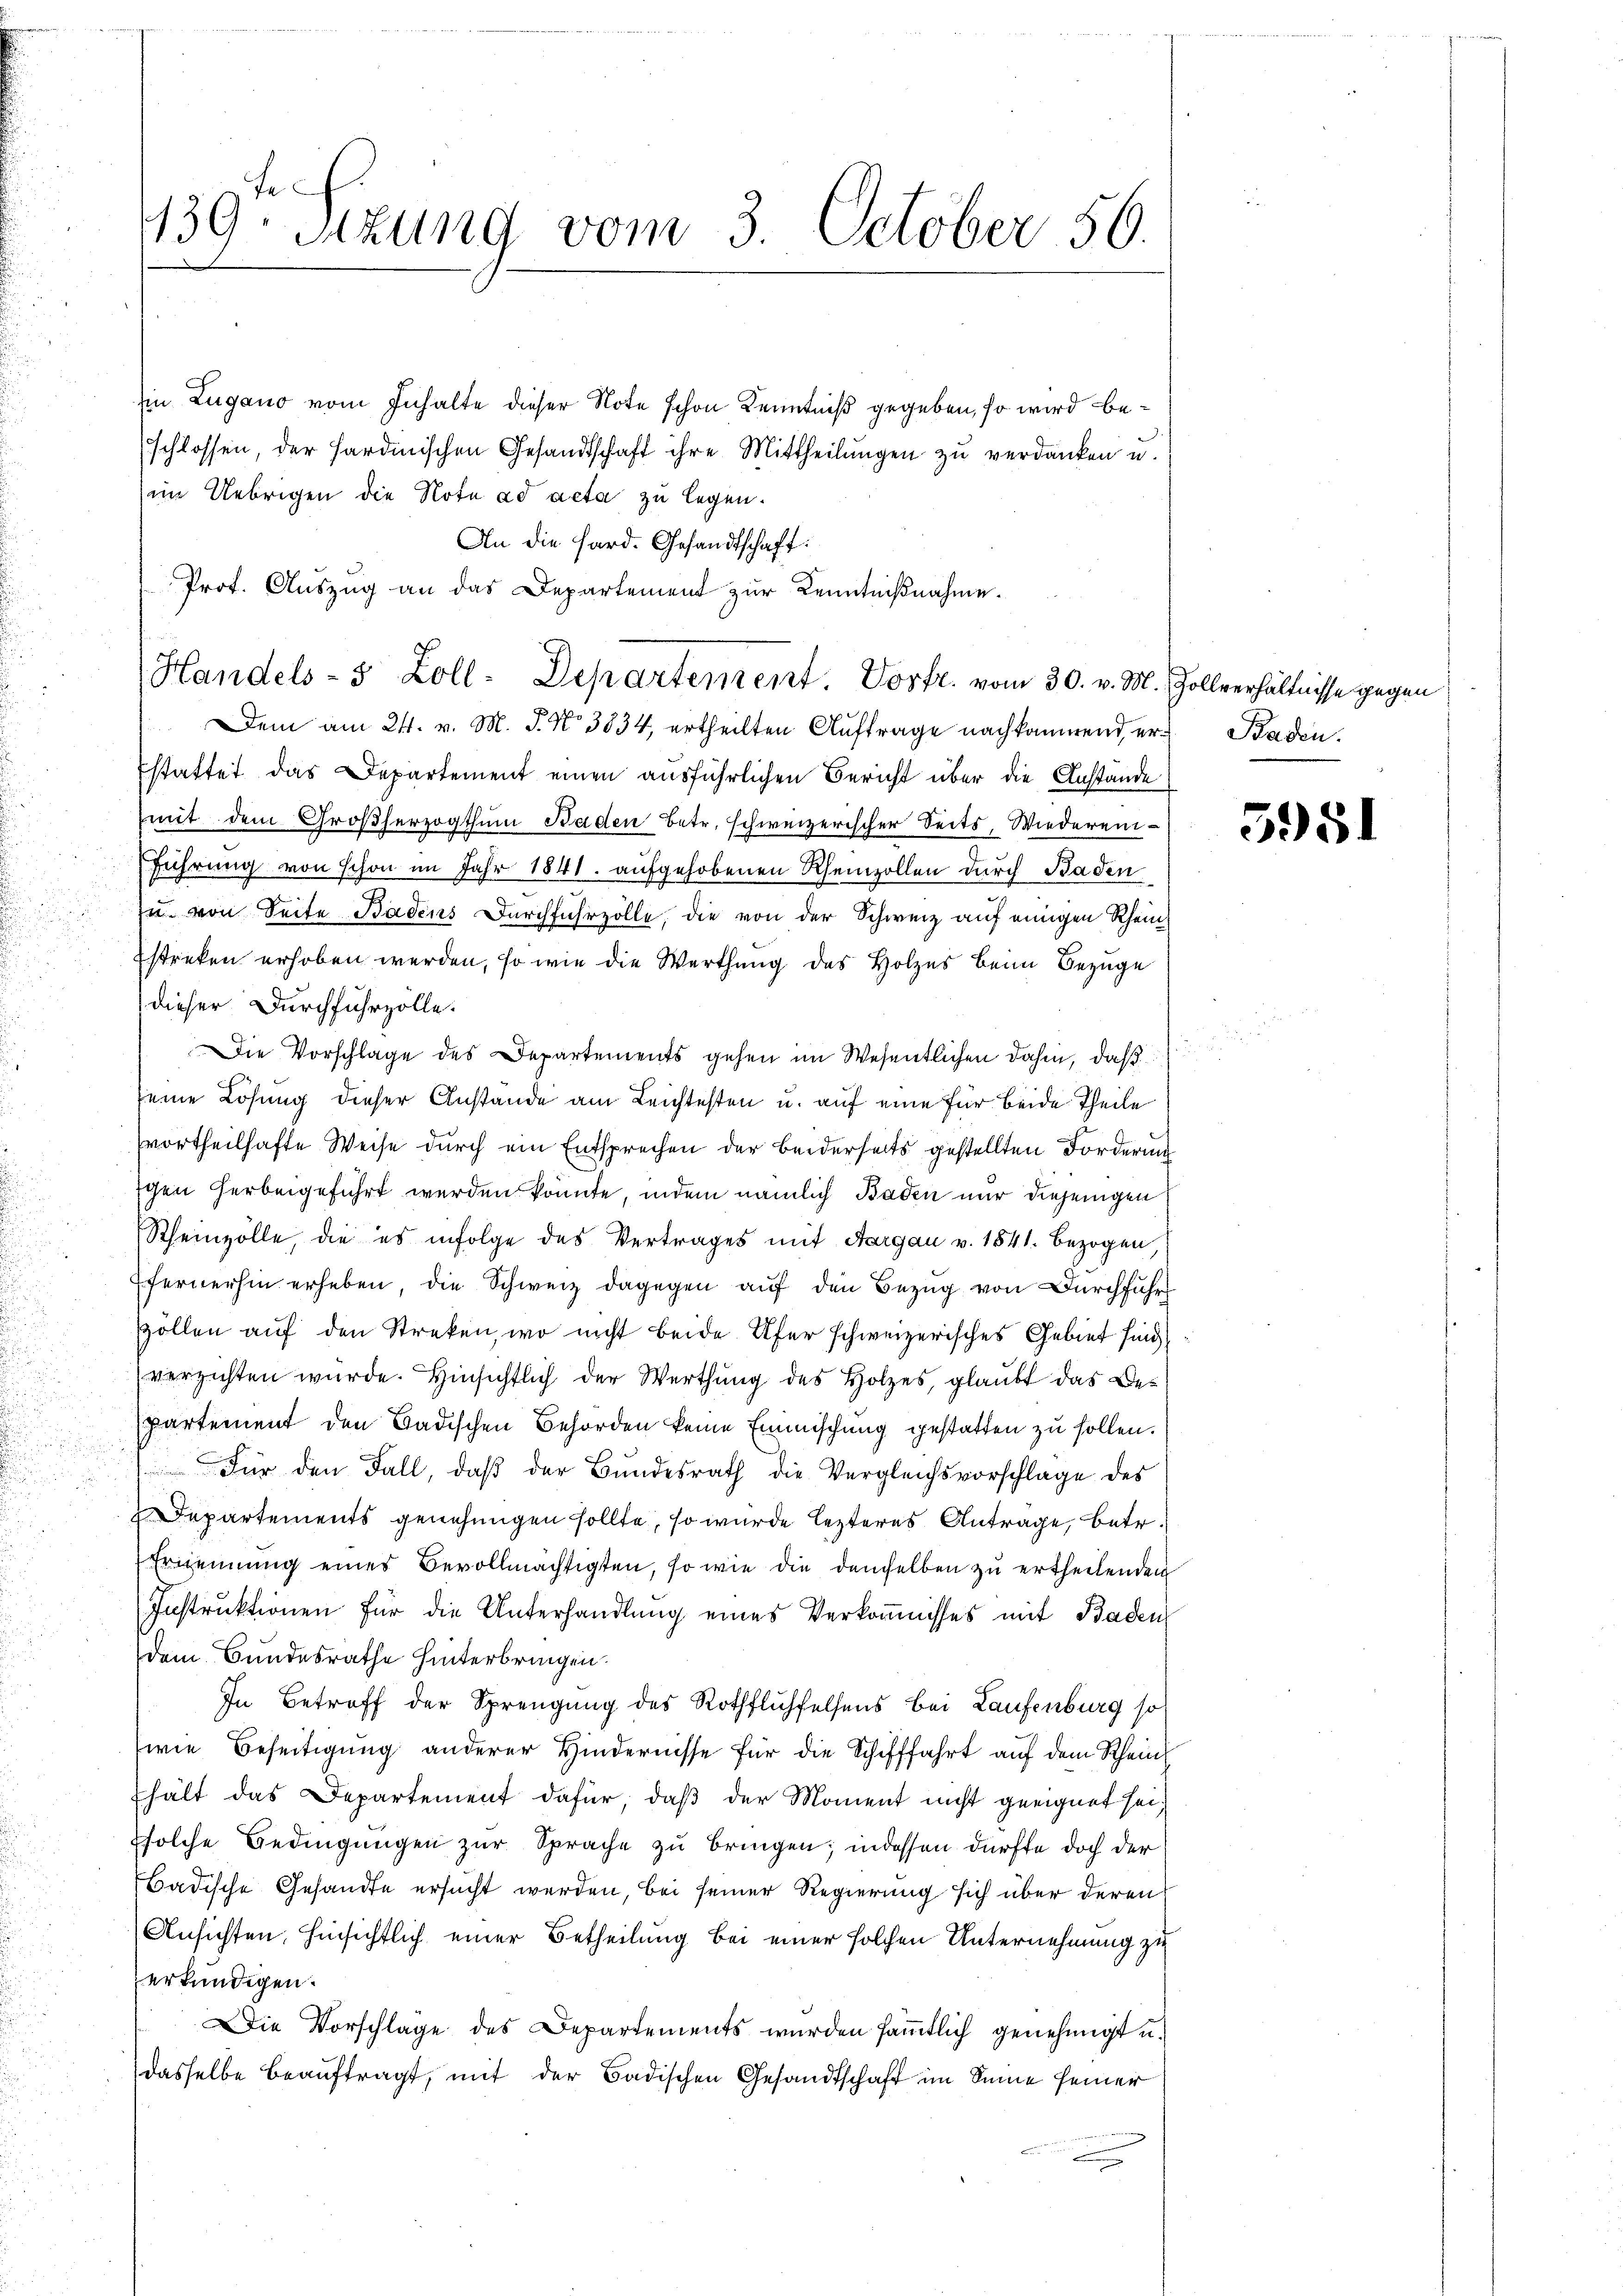
139te Sitzung vom 3. October 50.

Ein Zugano vom Inhalte dieser Note schon Kenntniß gegeben, so wird beschlossen, der Hardmischen Gesandtschaft ihre Mittheilungen zu verdanken u.
im Uebrigen die Note ad acta zu legen.
An die Sard. Gesandtschaft:
Prof. Auszug an das Departement zur Kenntnißnahme.
Dem am 24. v. M. J. No. 3834, ertheilten Auftrage nachkommend er Baden.
stattet das Departement einen ausführlichen Bericht über die Anstände
mit dem Großherzogthum Baden Betr. schweizerischer Seits, Wiedereinführung von schon im Jahr 1841. aufgehobenen Rheinzollen durch Baden
u. von Seite Badens Durchfuhrzolle, die von der Schweiz auf einigen Rhein
Estreken erhoben werden, so wie die Werthung des Holzes beim Bezuge
dieser Durchfuhrzölle.
Die Vorschlage des Departements gehen im Wesentlichen dahin, daß
seine Lösung dieser Anstände am Leichtesten u. auf eine für beide Theile
vortheilhafte Weise durch ein Entsprechen der beiderseits gestellten Forderung
schen herbeigeführt werden könnte, indem nämlich Baden nur diejenigen
Scheinzolle, die es infolge des Vertrages mit Aargau v. 1841. bezogen,
fernerhin erheben, die Schweiz dagegen auf den Bezug von Durchführ
zollen auf den Streken, wo nicht beide Ufer schweizerisches Gebiet sind
verzichten wurde. Hinsichtlich der Werthung des Holzes, glaubt das Departement den Badischen Behörden keine Einmischung gestatten zu sollen.
Für den Fall, daß der Bundesrath die Vergleichsvorschlage des
Departements genehmigen sollte, so wurde lezteres Antrage, betr
Ernennung eines Bevollmächtigten, so wie die demselben zu ertheilenden
Instruktionen für die Unterhandlung eines Verkoṁnisses mit Baden
dem Bundesrathe hinterbringen.
In Betreff der Sprengung des Rothfluchfelsens bei Laufenburg so
wie Beseitigung anderer Hindernisse für die Schifffahrt auf dem Rheinhält das Departement dafür, daß der Moment nicht geeignet sei,
solche Bedingungen zur Sprache zu bringen; indessen dürfte doch der
Badische Gesandte ersucht werden, bei seiner Regierung sich über deren
Ansichten, hinsichtlich einer Betheilung bei einer solchen Unternehmung zu
erkundigen.
Die Vorschläge des Departements wurden sämmtlich genehmigt u.
dasselbe beauftragt, mit der Badischen Gesandtschaft im Sinne seiner

Handels- 3 Zoll-Departement. Vorfr. vom 30. v. M. Zollverhältnisse gegen

3951